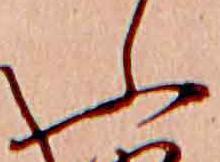
ふ